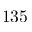
1 3 5